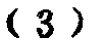
$(3)$